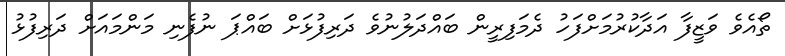
ތޯއެވެ ވަޒީފާ އަދާކުރުމަށްފަހު ދެމަފިރީން ބައްދަލުނުވެ ދަރިފުޅަށް ބައްޕަ ނުފެނި މަންމައަށް ދަރިފުޅު